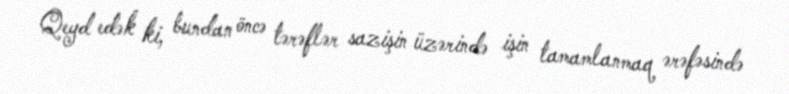
Qeyd edək ki, bundan öncə tərəflər sazişin üzərində işin tamamlanmaq ərəfəsində